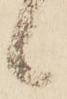
候